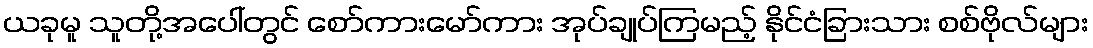
ယခုမူ သူတို့အပေါ်တွင် စော်ကားမော်ကား အုပ်ချုပ်ကြမည့် နိုင်ငံခြားသား စစ်ဗိုလ်များ